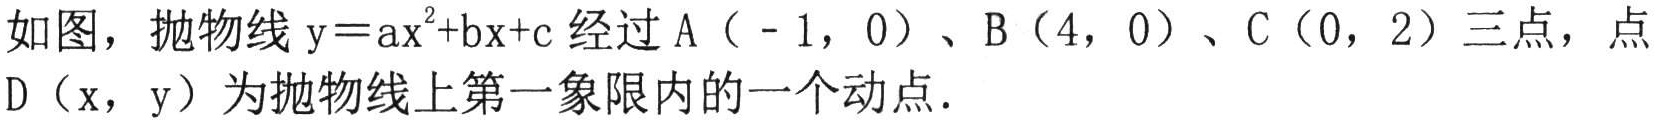
如图，抛物线\(y = ax^{2}+bx + c\)经过A（ - 1，0）、B（4，0）、C（0，2）三点，点D（x，y）为抛物线上第一象限内的一个动点．